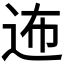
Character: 𲅓